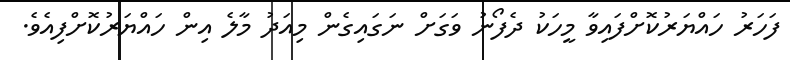
ފަހަރު ހައްޔަރުކޮށްފައިވާ މީހަކު ދެފޯނު ވަގަށް ނަގައިގެން މިއަދު މާލެ އިން ހައްޔަރުކޮށްފިއެވެ.